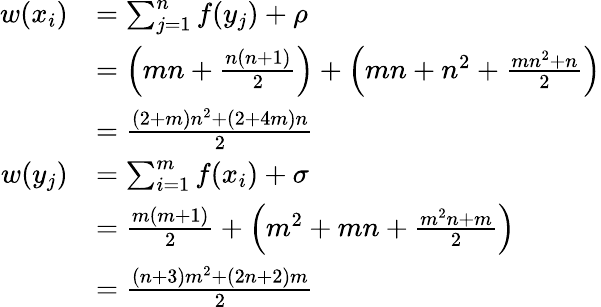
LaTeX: \begin{array}{rl}{w(x_{i})}&{=\sum_{j=1}^{n}f(y_{j})+\rho}\\ &{=\left(mn+\frac{n(n+1)}{2}\right)+\left(mn+n^{2}+\frac{mn^{2}+n}{2}\right)}\\ &{=\frac{(2+m)n^{2}+(2+4m)n}{2}}\\ {w(y_{j})}&{=\sum_{i=1}^{m}f(x_{i})+\sigma}\\ &{=\frac{m(m+1)}{2}+\left(m^{2}+mn+\frac{m^{2}n+m}{2}\right)}\\ &{=\frac{(n+3)m^{2}+(2n+2)m}{2}}\end{array}